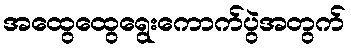
အထွေထွေရွေးကောက်ပွဲအတွက်